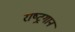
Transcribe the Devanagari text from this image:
राष्‍ट्रगान